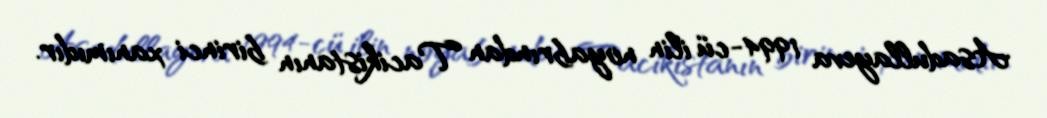
Asadullayeva 1994-cü ilin noyabrından Tacikistanın birinci xanımıdır.